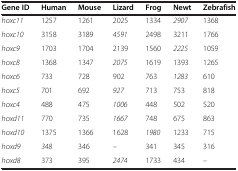
| Gene ID | Human | Mouse | Lizard | Frog | Newt | Zebrafish |
 | --- | --- | --- | --- | --- | --- | --- |
 | hoxc11 | 1257 | 1261 | 2025 | 1334 | 2907 | 1368 |
 | hoxc10 | 3158 | 3189 | 4591 | 2498 | 3211 | 1766 |
 | hoxc9 | 1703 | 1704 | 2139 | 1560 | 2225 | 1059 |
 | hoxc8 | 1368 | 1347 | 2075 | 1619 | 1393 | 1265 |
 | hoxc6 | 733 | 728 | 902 | 763 | 1283 | 610 |
 | hoxc5 | 701 | 692 | 927 | 713 | 753 | 818 |
 | hoxc4 | 488 | 475 | 1006 | 448 | 502 | 520 |
 | hoxd11 | 770 | 735 | 1667 | 748 | 675 | 863 |
 | hoxd10 | 1375 | 1366 | 1628 | 1980 | 1233 | 715 |
 | hoxd9 | 348 | 346 | – | 341 | 345 | 316 |
 | hoxd8 | 373 | 395 | 2474 | 1733 | 434 | – |